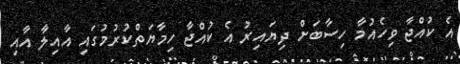
އެ ކުއްޖާ ވިހެއުމާ ހިސާބަށް ދިޔައިރު އެ ކުއްޖާ ހިމާޔަތްކުރުމުގައި އާއިލާ އާއި